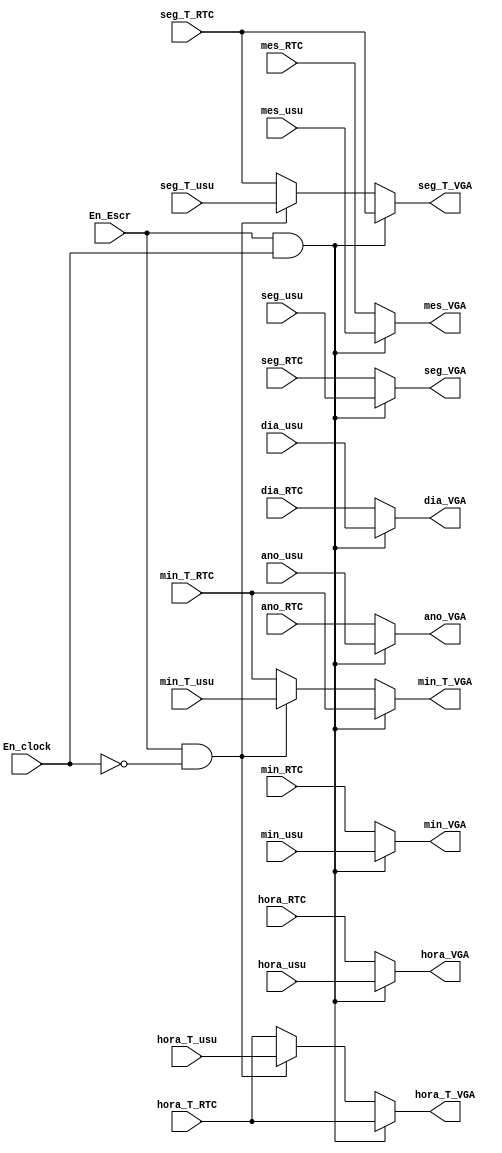
`timescale 1ns / 1ps
//////////////////////////////////////////////////////////////////////////////////
// Company: 
// Engineer: 
// 
// Design Name: 
// Module Name:    Mux_VGA 
// Project Name: 
// Target Devices: 
// Tool versions: 
// Description: 
//
// Dependencies: 
//
// Revision: 
// Revision 0.01 - File Created
// Additional Comments: 
//
//////////////////////////////////////////////////////////////////////////////////
module Mux_VGA( input En_Escr,En_clock,
input wire [7:0] seg_usu, min_usu, hora_usu, dia_usu, mes_usu, ano_usu, // datos que vienen del modulo de luis
seg_T_usu, min_T_usu, hora_T_usu, 			// datos que vienen del modulo de luis
seg_RTC, min_RTC, hora_RTC, dia_RTC, mes_RTC, ano_RTC,	// datos que vienen del modulo de lectura
seg_T_RTC, min_T_RTC, hora_T_RTC, 		// datos que vienen del modulo de lectura
output reg [7:0] seg_VGA, min_VGA, hora_VGA, dia_VGA, mes_VGA, ano_VGA,  // salidas que van apara el modulo de VGA
seg_T_VGA, min_T_VGA, hora_T_VGA				// salidas que van apara el modulo de VGA
    );

always@* 

//// Si se esta escribiendo y esta ingresando los datos del reloj ////
		if (En_Escr && En_clock) begin
		/// datos ingresados por el usuario////
			seg_VGA = seg_usu; 
			min_VGA = min_usu;
			hora_VGA = hora_usu;
			dia_VGA = dia_usu;
			mes_VGA = mes_usu;
			ano_VGA = ano_usu;
		/// Datos de la maquina de lectura	 ////
			seg_T_VGA = seg_T_RTC;
			min_T_VGA = min_T_RTC;
			hora_T_VGA =  hora_T_RTC;
				end
//// Si se esta escribiendo y esta ingresando los datos del timer ////				
		else if (En_Escr && ~En_clock) begin
		/// Datos de la maquina de lectura	 ////
			seg_VGA = seg_RTC; 
			min_VGA = min_RTC;
			hora_VGA = hora_RTC;
			dia_VGA = dia_RTC;
			mes_VGA = mes_RTC;
			ano_VGA = ano_RTC;
		/// datos ingresados por el usuario////
			seg_T_VGA = seg_T_usu;
			min_T_VGA = min_T_usu;
			hora_T_VGA =  hora_T_usu;
			end
//// Si no se esta escribiendo, lee lo de la maquina de lectura ////				
		else  begin
			seg_VGA = seg_RTC; 
			min_VGA = min_RTC;
			hora_VGA = hora_RTC;
			dia_VGA = dia_RTC;
			mes_VGA = mes_RTC;
			ano_VGA = ano_RTC;
			seg_T_VGA = seg_T_RTC;
			min_T_VGA = min_T_RTC;
			hora_T_VGA =  hora_T_RTC;
			end
				
endmodule